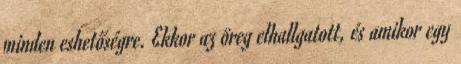
minden eshetőségre. Ekkor az öreg elhallgatott, és amikor egy